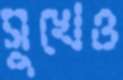
সুখেও